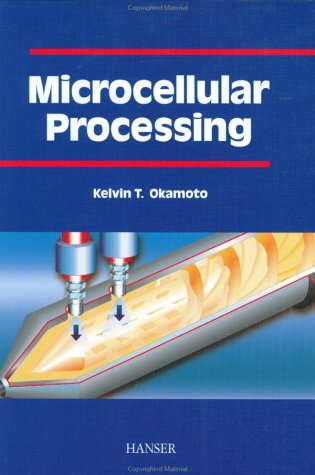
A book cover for Microcellular Processing; Kelvin Okamoto; Science & Math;